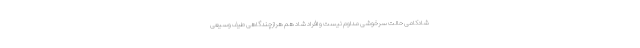
شادکامی‌ حالت سرخوشی مداوم نیست و افراد شاد هم هرازچندگاهی طیف وسیعی